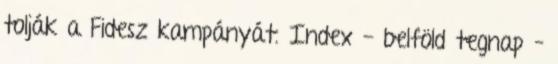
tolják a Fidesz kampányát. Index - belföld tegnap –